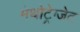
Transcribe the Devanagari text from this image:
मेथोट्रेग्जेट